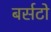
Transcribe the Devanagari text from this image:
बर्सटो